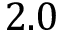
2 . 0